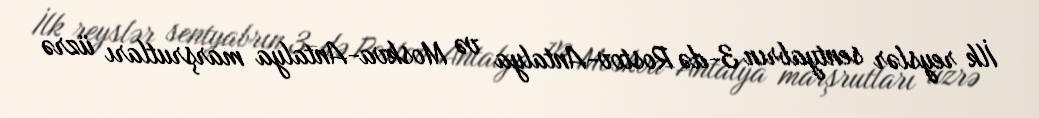
İlk reyslər sentyabrın 3-də Rostov-Antalya və Moskva-Antalya marşrutları üzrə